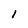
Character: 1